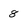
Character: 8